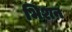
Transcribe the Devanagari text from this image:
भिशन